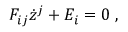
F _ { i j } \dot { z } ^ { j } + E _ { i } = 0 \; ,